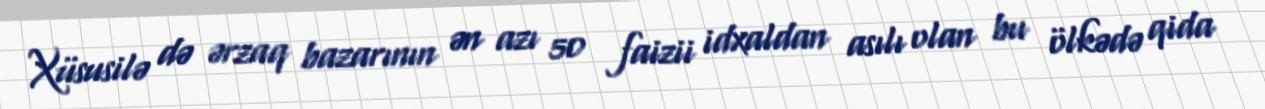
Xüsusilə də ərzaq bazarının ən azı 50 faizii idxaldan asılı olan bu ölkədə qida